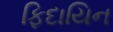
ફિદાયિન